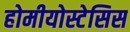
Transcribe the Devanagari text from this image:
होमीयोस्टेसिस